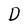
Character: D